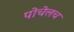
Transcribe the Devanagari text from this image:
पोचेलच